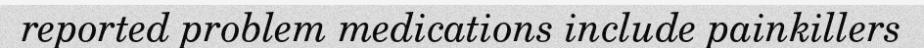
reported problem medications include painkillers